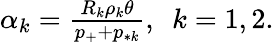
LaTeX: \begin{array}{r}{\alpha_{k}=\frac{R_{k}\rho_{k}\theta}{p_{+}+p_{*k}},\ \ k=1,2.}\end{array}